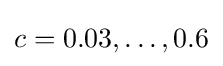
c=0.03,\dotsc ,0.6